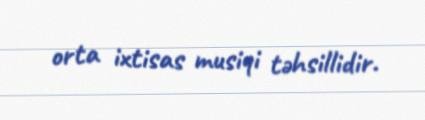
orta ixtisas musiqi təhsillidir.